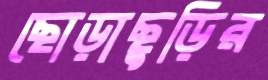
ছোড়াছুড়ির